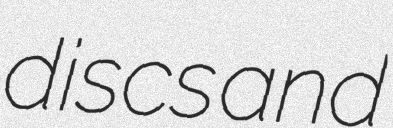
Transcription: discs and